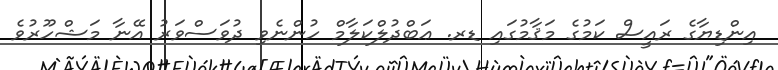
އިންޑިޔާގެ ރައީސް ކަމުގެ މަޤާމުގައި ޑރ. ޢަބްދުލްކަލާމް ހުންނެވި ދުވަސްވަރު އޭނާ މަޝްހޫރުވެ